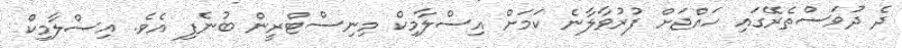
ދެ ދުވަސްތެރޭގައި ހައްޖަށް ފުރުވާލާނެ ކަމަށް އިސްލާމިކް މިނިސްޓްރީން ބުނެފި އެވެ. އިސްލާމިކް